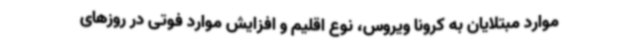
موارد مبتلایان به کرونا ویروس، نوع اقلیم و افزایش موارد فوتی در روزهای